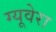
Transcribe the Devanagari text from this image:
ग्यूवेरा